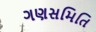
ગણસમિતિ